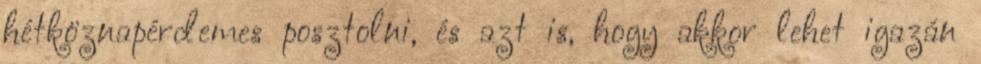
hétköznapérdemes posztolni, és azt is, hogy akkor lehet igazán